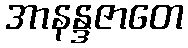
အာနန္ဒဇာတေ